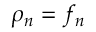
\rho _ { n } = f _ { n }